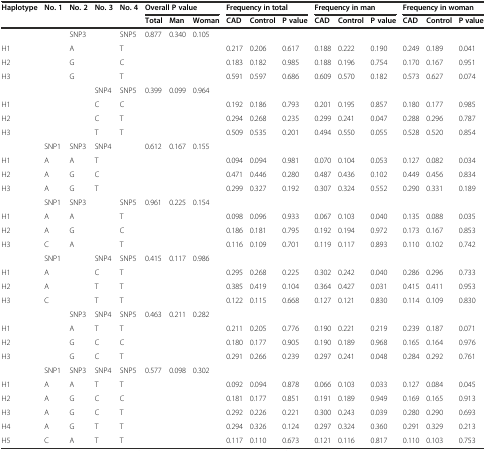
<table><thead><tr><td rowspan="2"><b>Haplotype</b></td><td rowspan="2"><b>No. 1</b></td><td rowspan="2"><b>No. 2</b></td><td rowspan="2"><b>No. 3</b></td><td rowspan="2"><b>No. 4</b></td><td colspan="3"><b>Overall P value</b></td><td colspan="3"><b>Frequency in total</b></td><td colspan="3"><b>Frequency in man</b></td><td colspan="3"><b>Frequency in woman</b></td></tr><tr><td><b>Total</b></td><td><b>Man</b></td><td><b>Woman</b></td><td><b>CAD</b></td><td><b>Control</b></td><td><b>P value</b></td><td><b>CAD</b></td><td><b>Control</b></td><td><b>P value</b></td><td><b>CAD</b></td><td><b>Control</b></td><td><b>P value</b></td></tr></thead><tbody><tr><td></td><td></td><td>SNP3</td><td></td><td>SNP5</td><td>0.877</td><td>0.340</td><td>0.105</td><td></td><td></td><td></td><td></td><td></td><td></td><td></td><td></td><td></td></tr><tr><td>H1</td><td></td><td>A</td><td></td><td>T</td><td></td><td></td><td></td><td>0.217</td><td>0.206</td><td>0.617</td><td>0.188</td><td>0.222</td><td>0.190</td><td>0.249</td><td>0.189</td><td>0.041</td></tr><tr><td>H2</td><td></td><td>G</td><td></td><td>C</td><td></td><td></td><td></td><td>0.183</td><td>0.182</td><td>0.985</td><td>0.188</td><td>0.196</td><td>0.754</td><td>0.170</td><td>0.167</td><td>0.951</td></tr><tr><td>H3</td><td></td><td>G</td><td></td><td>T</td><td></td><td></td><td></td><td>0.591</td><td>0.597</td><td>0.686</td><td>0.609</td><td>0.570</td><td>0.182</td><td>0.573</td><td>0.627</td><td>0.074</td></tr><tr><td></td><td></td><td></td><td>SNP4</td><td>SNP5</td><td>0.399</td><td>0.099</td><td>0.964</td><td></td><td></td><td></td><td></td><td></td><td></td><td></td><td></td><td></td></tr><tr><td>H1</td><td></td><td></td><td>C</td><td>C</td><td></td><td></td><td></td><td>0.192</td><td>0.186</td><td>0.793</td><td>0.201</td><td>0.195</td><td>0.857</td><td>0.180</td><td>0.177</td><td>0.985</td></tr><tr><td>H2</td><td></td><td></td><td>C</td><td>T</td><td></td><td></td><td></td><td>0.294</td><td>0.268</td><td>0.235</td><td>0.299</td><td>0.241</td><td>0.047</td><td>0.288</td><td>0.296</td><td>0.787</td></tr><tr><td>H3</td><td></td><td></td><td>T</td><td>T</td><td></td><td></td><td></td><td>0.509</td><td>0.535</td><td>0.201</td><td>0.494</td><td>0.550</td><td>0.055</td><td>0.528</td><td>0.520</td><td>0.854</td></tr><tr><td></td><td>SNP1</td><td>SNP3</td><td>SNP4</td><td></td><td>0.612</td><td>0.167</td><td>0.155</td><td></td><td></td><td></td><td></td><td></td><td></td><td></td><td></td><td></td></tr><tr><td>H1</td><td>A</td><td>A</td><td>T</td><td></td><td></td><td></td><td></td><td>0.094</td><td>0.094</td><td>0.981</td><td>0.070</td><td>0.104</td><td>0.053</td><td>0.127</td><td>0.082</td><td>0.034</td></tr><tr><td>H2</td><td>A</td><td>G</td><td>C</td><td></td><td></td><td></td><td></td><td>0.471</td><td>0.446</td><td>0.280</td><td>0.487</td><td>0.436</td><td>0.102</td><td>0.449</td><td>0.456</td><td>0.834</td></tr><tr><td>H3</td><td>A</td><td>G</td><td>T</td><td></td><td></td><td></td><td></td><td>0.299</td><td>0.327</td><td>0.192</td><td>0.307</td><td>0.324</td><td>0.552</td><td>0.290</td><td>0.331</td><td>0.189</td></tr><tr><td></td><td>SNP1</td><td>SNP3</td><td></td><td>SNP5</td><td>0.961</td><td>0.225</td><td>0.154</td><td></td><td></td><td></td><td></td><td></td><td></td><td></td><td></td><td></td></tr><tr><td>H1</td><td>A</td><td>A</td><td></td><td>T</td><td></td><td></td><td></td><td>0.098</td><td>0.096</td><td>0.933</td><td>0.067</td><td>0.103</td><td>0.040</td><td>0.135</td><td>0.088</td><td>0.035</td></tr><tr><td>H2</td><td>A</td><td>G</td><td></td><td>C</td><td></td><td></td><td></td><td>0.186</td><td>0.181</td><td>0.795</td><td>0.192</td><td>0.194</td><td>0.972</td><td>0.173</td><td>0.167</td><td>0.853</td></tr><tr><td>H3</td><td>C</td><td>A</td><td></td><td>T</td><td></td><td></td><td></td><td>0.116</td><td>0.109</td><td>0.701</td><td>0.119</td><td>0.117</td><td>0.893</td><td>0.110</td><td>0.102</td><td>0.742</td></tr><tr><td></td><td>SNP1</td><td></td><td>SNP4</td><td>SNP5</td><td>0.415</td><td>0.117</td><td>0.986</td><td></td><td></td><td></td><td></td><td></td><td></td><td></td><td></td><td></td></tr><tr><td>H1</td><td>A</td><td></td><td>C</td><td>T</td><td></td><td></td><td></td><td>0.295</td><td>0.268</td><td>0.225</td><td>0.302</td><td>0.242</td><td>0.040</td><td>0.286</td><td>0.296</td><td>0.733</td></tr><tr><td>H2</td><td>A</td><td></td><td>T</td><td>T</td><td></td><td></td><td></td><td>0.385</td><td>0.419</td><td>0.104</td><td>0.364</td><td>0.427</td><td>0.031</td><td>0.415</td><td>0.411</td><td>0.953</td></tr><tr><td>H3</td><td>C</td><td></td><td>T</td><td>T</td><td></td><td></td><td></td><td>0.122</td><td>0.115</td><td>0.668</td><td>0.127</td><td>0.121</td><td>0.830</td><td>0.114</td><td>0.109</td><td>0.830</td></tr><tr><td></td><td></td><td>SNP3</td><td>SNP4</td><td>SNP5</td><td>0.463</td><td>0.211</td><td>0.282</td><td></td><td></td><td></td><td></td><td></td><td></td><td></td><td></td><td></td></tr><tr><td>H1</td><td></td><td>A</td><td>T</td><td>T</td><td></td><td></td><td></td><td>0.211</td><td>0.205</td><td>0.776</td><td>0.190</td><td>0.221</td><td>0.219</td><td>0.239</td><td>0.187</td><td>0.071</td></tr><tr><td>H2</td><td></td><td>G</td><td>C</td><td>C</td><td></td><td></td><td></td><td>0.180</td><td>0.177</td><td>0.905</td><td>0.190</td><td>0.189</td><td>0.968</td><td>0.165</td><td>0.164</td><td>0.976</td></tr><tr><td>H3</td><td></td><td>G</td><td>C</td><td>T</td><td></td><td></td><td></td><td>0.291</td><td>0.266</td><td>0.239</td><td>0.297</td><td>0.241</td><td>0.048</td><td>0.284</td><td>0.292</td><td>0.761</td></tr><tr><td></td><td>SNP1</td><td>SNP3</td><td>SNP4</td><td>SNP5</td><td>0.577</td><td>0.098</td><td>0.302</td><td></td><td></td><td></td><td></td><td></td><td></td><td></td><td></td><td></td></tr><tr><td>H1</td><td>A</td><td>A</td><td>T</td><td>T</td><td></td><td></td><td></td><td>0.092</td><td>0.094</td><td>0.878</td><td>0.066</td><td>0.103</td><td>0.033</td><td>0.127</td><td>0.084</td><td>0.045</td></tr><tr><td>H2</td><td>A</td><td>G</td><td>C</td><td>C</td><td></td><td></td><td></td><td>0.181</td><td>0.177</td><td>0.851</td><td>0.191</td><td>0.189</td><td>0.949</td><td>0.169</td><td>0.165</td><td>0.913</td></tr><tr><td>H3</td><td>A</td><td>G</td><td>C</td><td>T</td><td></td><td></td><td></td><td>0.292</td><td>0.226</td><td>0.221</td><td>0.300</td><td>0.243</td><td>0.039</td><td>0.280</td><td>0.290</td><td>0.693</td></tr><tr><td>H4</td><td>A</td><td>G</td><td>T</td><td>T</td><td></td><td></td><td></td><td>0.294</td><td>0.326</td><td>0.124</td><td>0.297</td><td>0.324</td><td>0.360</td><td>0.291</td><td>0.329</td><td>0.213</td></tr><tr><td>H5</td><td>C</td><td>A</td><td>T</td><td>T</td><td></td><td></td><td></td><td>0.117</td><td>0.110</td><td>0.673</td><td>0.121</td><td>0.116</td><td>0.817</td><td>0.110</td><td>0.103</td><td>0.753</td></tr></tbody></table>